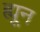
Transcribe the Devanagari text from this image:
ह्यून